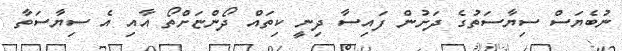
ނުބެޔަސް ސިޔާސަތުގެ ދަށުން ފައިސާ ދިނީ ކިތައް ދޯންޏަށްތޯ އާއި އެ ސިޔާސަތާ